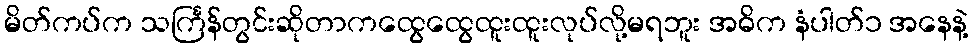
မိတ်ကပ်က သင်္ကြန်တွင်းဆိုတာကထွေထွေထူးထူးလုပ်လို့မရဘူး အဓိက နံပါတ်၁ အနေနဲ့